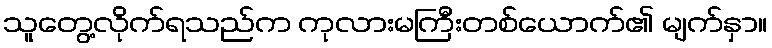
သူတွေ့လိုက်ရသည်က ကုလားမကြီးတစ်ယောက်၏ မျက်နှာ။